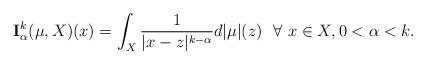
LaTeX: \begin{align*}\mathbf{I}_\alpha^k(\mu,X)(x)=\int_X\frac{1}{|x-z|^{k-\alpha}}d|\mu|(z)~~\forall~x\in X, 0<\alpha<k.\end{align*}